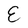
Character: E